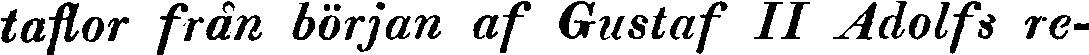
taflor från början af Gustaf II Adolfs re-